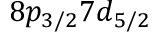
8 p _ { 3 / 2 } 7 d _ { 5 / 2 }